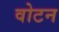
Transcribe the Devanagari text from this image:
वोटन